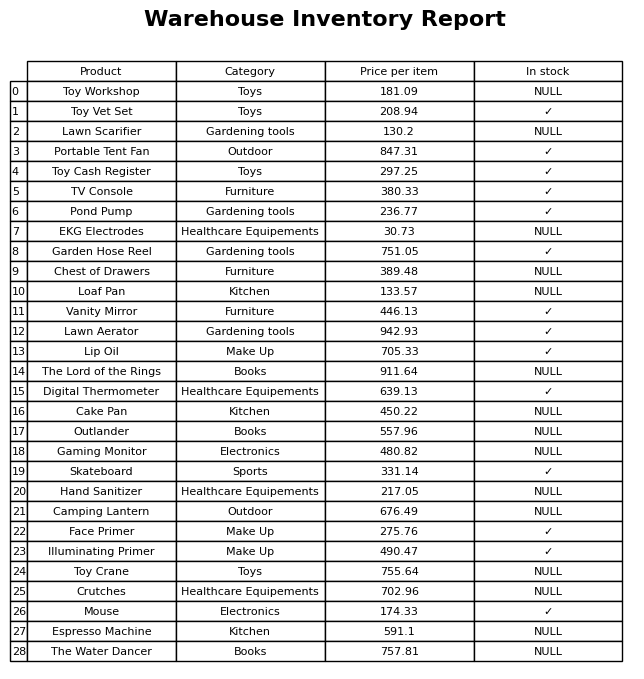
question: What is the price of the Espresso Machine?
answer: The price of Espresso Machine is 591.1.